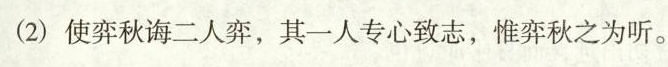
(2)使弈秋诲二人弈，其一人专心致志，惟弈秋之为听。